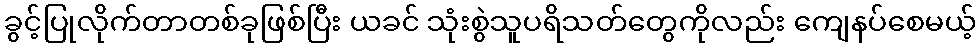
ခွင့်ပြုလိုက်တာတစ်ခုဖြစ်ပြီး ယခင် သုံးစွဲသူပရိသတ်တွေကိုလည်း ကျေနပ်စေမယ့်